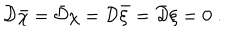
LaTeX: { \cal D } { \bar { \chi } } = { \bar { \cal D } } \chi = { \cal D } { \bar { \xi } } = { \bar { \cal D } } \xi = 0 \; .